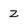
Character: z